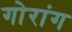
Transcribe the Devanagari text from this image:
गोरांग